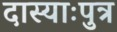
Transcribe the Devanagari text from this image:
दास्याःपुत्र